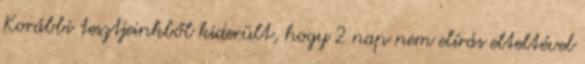
Korábbi tesztjeinkből kiderült, hogy 2 nap nem elírás elteltével